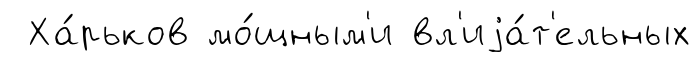
Ха́рьков мо́щным'и вл'иjа́т'ельных